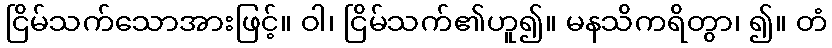
ငြိမ်သက်သောအားဖြင့်။ ဝါ၊ ငြိမ်သက်၏ဟူ၍။ မနသိကရိတွာ၊ ၍။ တံ